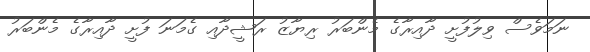
ނަމަވެސް ވިލުފުށީ ދާއިރާގެ މެންބަރު ރިޔާޒު ރަޝީދާއި ގެމަނަ ފުށީ ދާއިރާގެ މެންބަރު